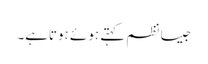
جیسا نظم کہتے ہوئے ہوتاہے۔